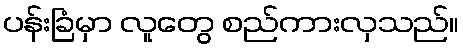
ပန်းခြံမှာ လူတွေ စည်ကားလှသည်။